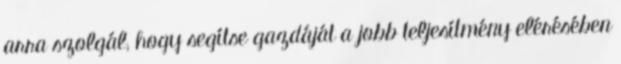
arra szolgál, hogy segítse gazdáját a jobb teljesítmény elérésében